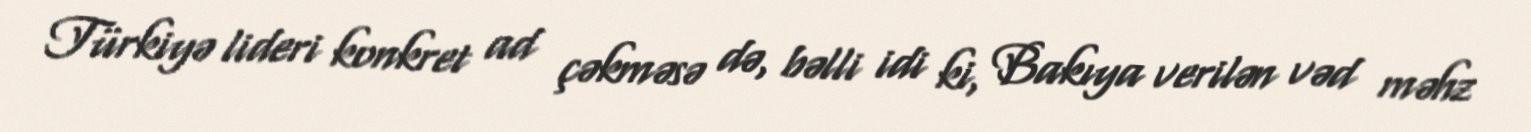
Türkiyə lideri konkret ad çəkməsə də, bəlli idi ki, Bakıya verilən vəd məhz